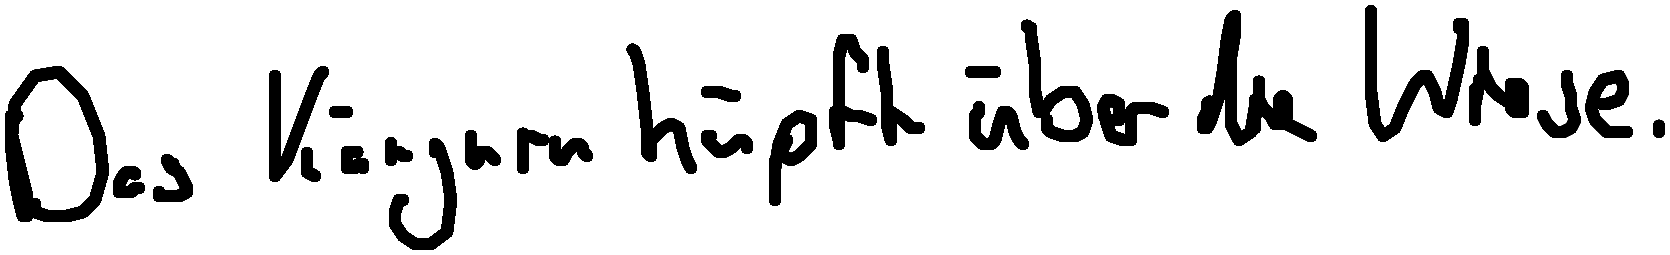
Das Känguru hüpft über die Wiese.